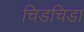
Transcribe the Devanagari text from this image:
चिडचिडा